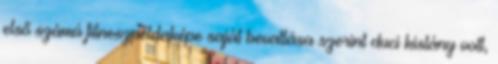
első számú fitneszpéldaképe saját bevallása szerint duci kislány volt,